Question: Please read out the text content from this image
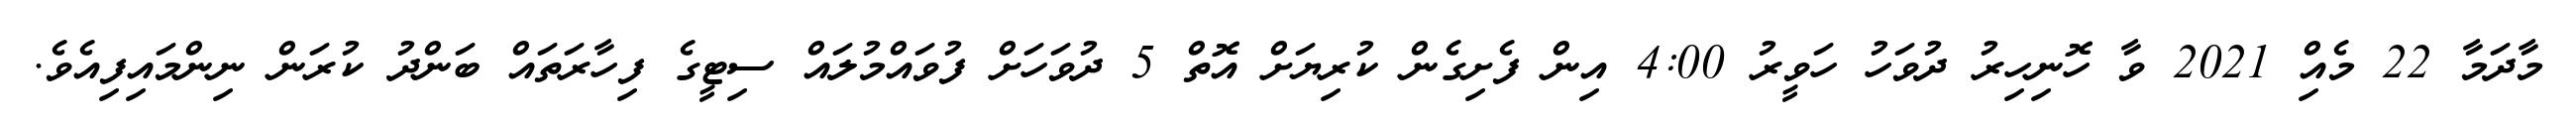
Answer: މާދަމާ 22 މެއިް 2021 ވާ ހޮނިހިރު ދުވަހު ހަވީރު 4:00 އިން ފެށިގެން ކުރިޔަށް އޮތް 5 ދުވަހަށް ފުވައްމުލައް ސިޓީގެ ފިހާރަތައް ބަންދު ކުރަން ނިންމައިފިއެވެ.